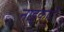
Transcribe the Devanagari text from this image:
नाइकाएँ